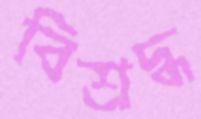
বিশ্রদ্ধ